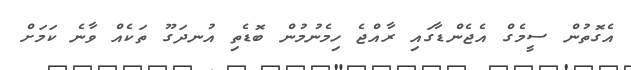
އެގޮތުން ސީމެގް އެޖެންޑާގައި ރާއްޖެ ހިމެނުމުން ބޮޑެތި އުނދަގޫ ތަކެއް ވާނެ ކަމަށް